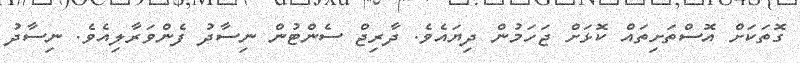
ގޮތަކަށް އޮސްތަށިތައް ކޮޅަށް ޖަހަމުން ދިޔައެވެ. ދާރިޖް ސެންޓުން ނިސާދު ފެންވަރާލިއެވެ. ނިސާދު